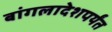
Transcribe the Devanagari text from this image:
बांगलादेशपर्यंत